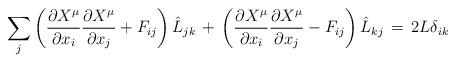
LaTeX: \begin{align*}\sum_j\left(\frac{\partial X^\mu}{\partial x_i}\frac{\partial X^\mu}{\partial x_j}+F_{ij}\right)\hat L_{jk}\,+\,\left(\frac{\partial X^\mu}{\partial x_i}\frac{\partial X^\mu}{\partial x_j}-F_{ij}\right)\hat L_{kj}\,=\, 2L\delta_{ik}\end{align*}